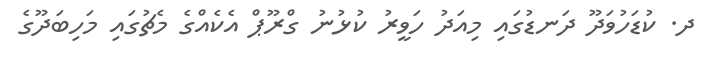
ދ. ކުޑަހުވަދޫ ދަނޑުގައި މިއަދު ހަވީރު ކުޅުނު ގްރޫޕް އެކެއްގެ މެޗުގައި މަހިބަދޫގެ